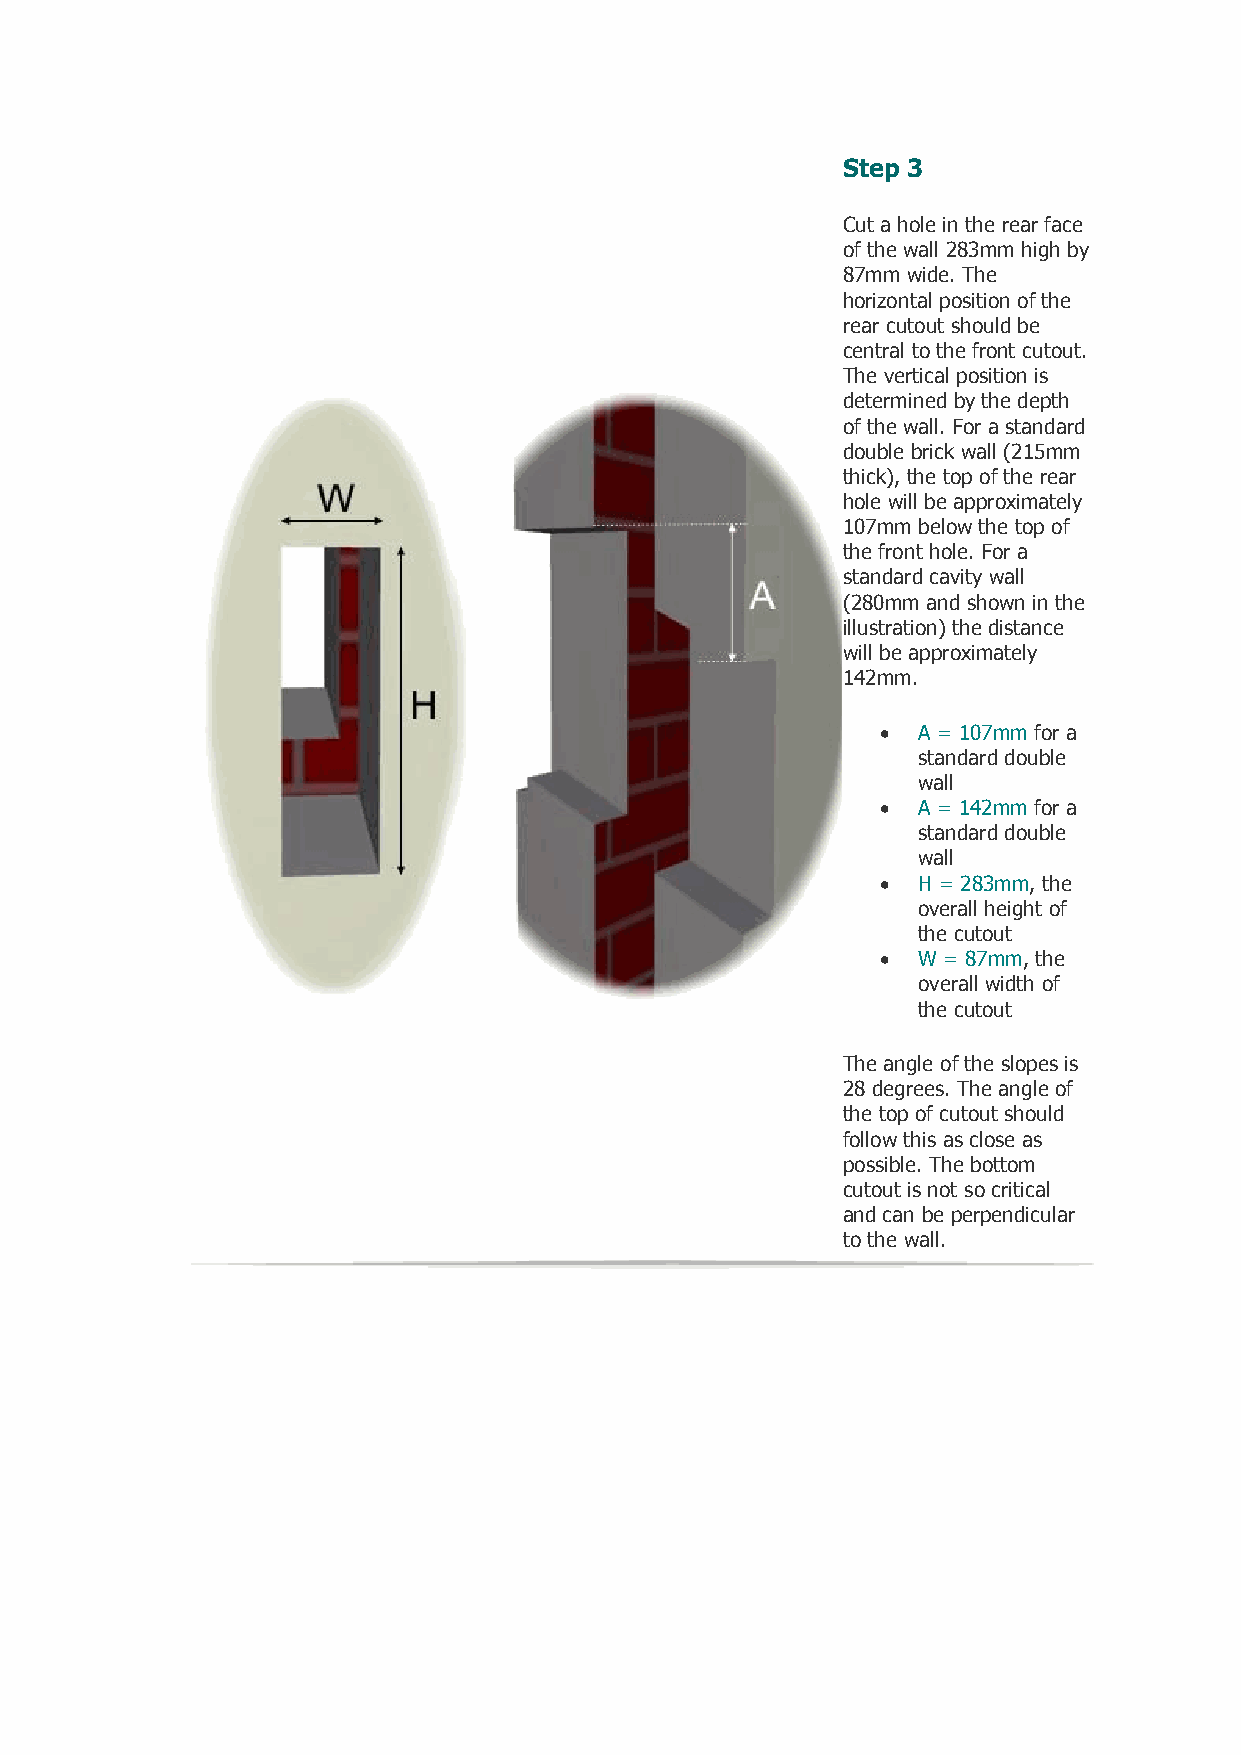
Step 3
 Cut a hole in the rear face
 of the wall 283mm high by
 87mm wide. The
 horizontal position of the
 rear cutout should be
 central to the front cutout.
 The vertical position is
 determined by the depth
 of the wall. For a standard
 double brick wall (215mm
 thick), the top of the rear
 hole will be approximately
 107mm below the top of
 the front hole. For a
 standard cavity wall
 (280mm and shown in the
 illustration) the distance
 will be approximately
 142mm.
   A = 107mm for a
 standard double
 wall
   A = 142mm for a
 standard double
 wall
   H = 283mm, the
 overall height of
 the cutout
   W = 87mm, the
 overall width of
 the cutout
 The angle of the slopes is
 28 deg rees. The angle of
 the top of cutout should
 follow this as close as
 possible. The bottom
 cutout is not so critical
 and can be perpendicular
 to the wall.